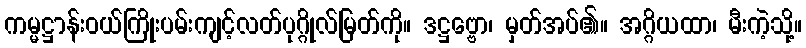
ကမ္မဋ္ဌာန်းဝယ်ကြိုးပမ်းကျင့်လတ်ပုဂ္ဂိုလ်မြတ်ကို။ ဒဋ္ဌဗ္ဗော၊ မှတ်အပ်၏။ အဂ္ဂိယထာ၊ မီးကဲ့သို့။